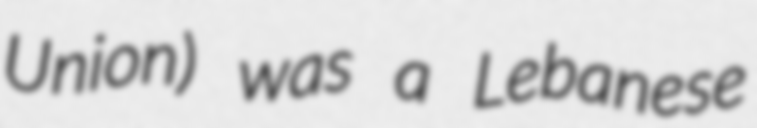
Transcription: Union) was a Lebanese